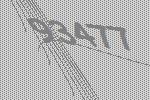
93477